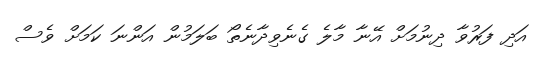
އަދި ފަރުވާ ދިނުމަށް އޭނާ މާލެ ގެނެވިދާނެތޯ ބަލަމުން އަންނަ ކަމަށް ވެސް